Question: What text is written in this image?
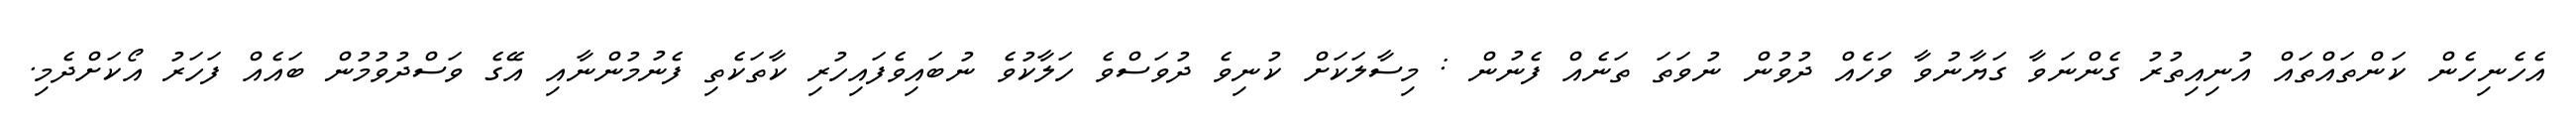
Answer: އެހެނިހެން ކަންތައްތައް އުނިއިތުރު ގެންނަވާ ގަޔާނުވާ ވަހެއް ދުވުން ނުވަތަ ތަނެއް ފެނުން : މިސާލަކަށް ކުނިވެ ދުވަސްވެ ހަލާކުވެ ނުބައިވެފައިހުރި ކާތަކެތި ފެނުމުންނާއި އޭގެ ވަސްދުވުމުން ބައެއް ފަހަރު އޯކަށްދެމި.